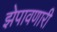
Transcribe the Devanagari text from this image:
झेपावणारी